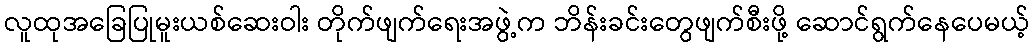
လူထုအခြေပြုမူးယစ်ဆေးဝါး တိုက်ဖျက်ရေးအဖွဲ့က ဘိန်းခင်းတွေဖျက်စီးဖို့ ဆောင်ရွက်နေပေမယ့်